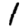
Digit: 1